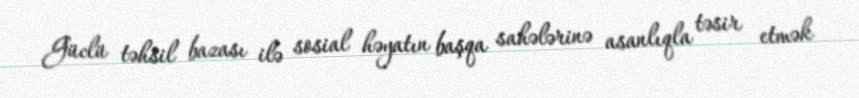
Güclü təhsil bazası ilə sosial həyatın başqa sahələrinə asanlıqla təsir etmək